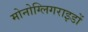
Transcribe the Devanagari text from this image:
मोनोग्लिगराइडों